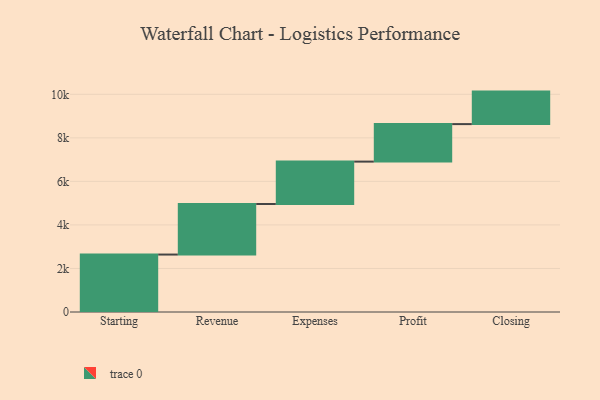
{"axis": {"x": "Step", "y": "Value"}, "legend": [""], "data": [{"x": "Starting", "y": 2639.0, "type": ""}, {"x": "Revenue", "y": 2323.0, "type": ""}, {"x": "Expenses", "y": 1946.0, "type": ""}, {"x": "Profit", "y": 1723.0, "type": ""}, {"x": "Closing", "y": 1493.0, "type": ""}]}